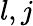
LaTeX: l,j